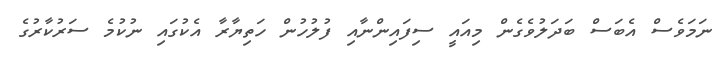
ނަމަވެސް އެބަސް ބަދަލުވެގެން މިއައީ ސިފައިންނާއި ފުލުހުން ހަތިޔާރާ އެކުގައި ނުކުމެ ސަރުކާރުގެ